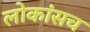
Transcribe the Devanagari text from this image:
लोकांसच